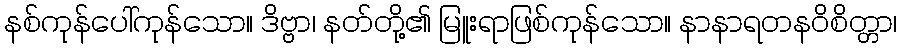
နစ်ကုန်ပေါ်ကုန်သော။ ဒိဗ္ဗာ၊ နတ်တို့၏ မြူးရာဖြစ်ကုန်သော။ နာနာရတနဝိစိတ္တာ၊